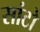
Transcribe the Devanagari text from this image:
सांटो